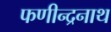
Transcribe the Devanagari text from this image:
फणीन्द्रनाथ